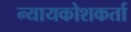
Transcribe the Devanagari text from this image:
न्यायकोशकर्ता